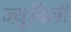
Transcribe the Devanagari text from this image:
ज्य़ुबिली